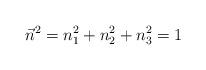
LaTeX: \begin{align*} \vec{n}^2 = n_{1}^{2} + n_{2}^{2} + n_{3}^{2} = 1\end{align*}